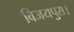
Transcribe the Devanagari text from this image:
विजयपुरा।